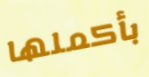
بأكملها